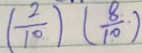
( \frac { 2 } { 1 0 } ) ( \frac { 8 } { 1 0 } \cdot )